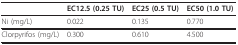
<table><thead><tr><td></td><td><b>EC12.5 (0.25 TU)</b></td><td><b>EC25 (0.5 TU)</b></td><td><b>EC50 (1.0 TU)</b></td></tr></thead><tbody><tr><td>Ni (mg/L)</td><td>0.022</td><td>0.135</td><td>0.770</td></tr><tr><td>Clorpyrifos (mg/L)</td><td>0.300</td><td>0.610</td><td>4.500</td></tr></tbody></table>